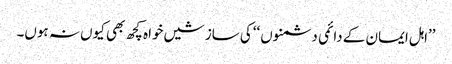
’’اہل ایمان کے دائمی دشمنوں ‘‘کی سازشیں خواہ کچھ بھی کیوں نہ ہوں۔